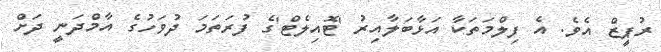
ރުޕީޒް އެވެ. އެ ފިލްމަތަކާ އަޅާބަލާއިރު 'ޓޮއިލެޓް'ގެ ފުރަތަމަ ދުވަހުގެ އާމްދަނީ ދަށް